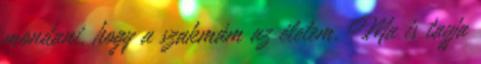
mondani, hogy a szakmám az életem. Ma is tagja